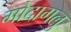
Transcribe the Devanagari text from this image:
मोदागलु